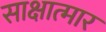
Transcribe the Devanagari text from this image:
साक्षात्मार